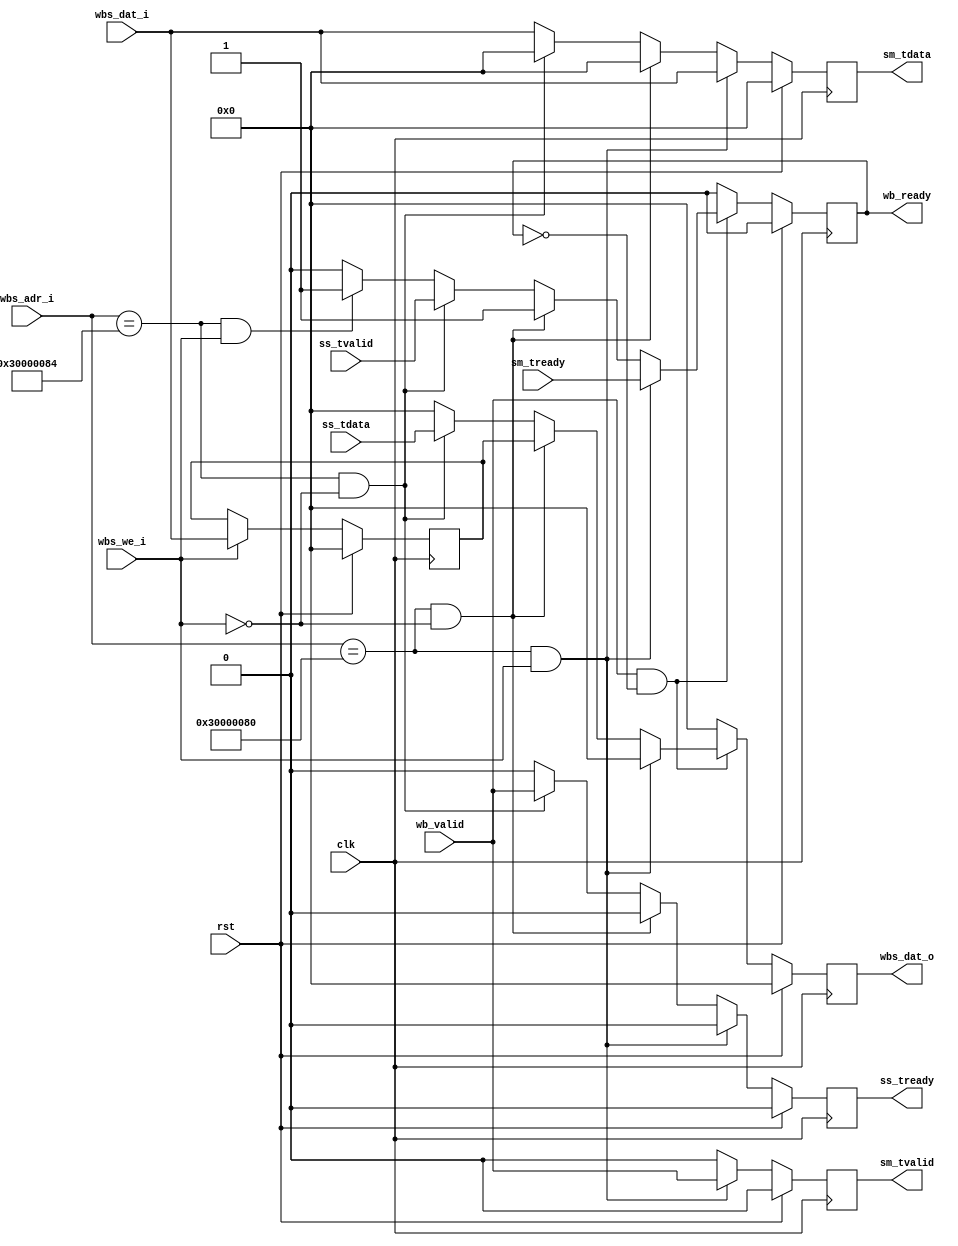
module wb_axistream
#(  parameter pADDR_WIDTH=12,
    parameter pDATA_WIDTH=32
)(
    clk,
    rst,

    wbs_adr_i,
    wb_valid,
    wb_ready,
    wbs_we_i,
    wbs_dat_i,
    wbs_dat_o,

    sm_tvalid,
    sm_tready,
    sm_tdata,
//    sm_tlast,

    ss_tvalid,
    ss_tready,
    ss_tdata
//    ss_tlast
);
    // clock and reset signal
    input wire clk;
    input wire rst;

    /*
    // wishbone origin signal
    input wb_clk_i,
    input wb_rst_i,
    input wbs_stb_i,
    input wbs_cyc_i,
    input wbs_we_i,
    input [3:0] wbs_sel_i,
    input [31:0] wbs_dat_i,
    input [31:0] wbs_adr_i,
    output wbs_ack_o,
    output [31:0] wbs_dat_o,

    // wishbone transform
    wb_valid = wbs_cyc_i && wbs_stb_i && (wbs_adr_i == 0x30000080); //for axi_stream_write
    wb_valid = wbs_cyc_i && wbs_stb_i && (wbs_adr_i == 0x30000084); //for axi_stream_read
    assign wbs_ack_o = wb_ready;
    wstrb = wbs_sel_i & {4{wbs_we_i}};
    wbs_dat_o = rdata; //output data
    wdata = wbs_dat_i; //input data
    */

    // wishbone signal
    input  wire [pDATA_WIDTH-1:0] wbs_adr_i;
    input  wire wb_valid;
    output reg  wb_ready;
    input  wire wbs_we_i;
    input  wire [pDATA_WIDTH-1:0] wbs_dat_i;
    output reg  [pDATA_WIDTH-1:0] wbs_dat_o;

    // stream master signal(transmit data from wb to fir)
    output reg  sm_tvalid;
    input  wire sm_tready;
    output reg  [pDATA_WIDTH-1:0] sm_tdata;
    //output wire sm_tlast;

    // stream slave signal (receive data from fir to wb)
    input  wire ss_tvalid;
    output reg  ss_tready;
    input  wire [pDATA_WIDTH-1:0] ss_tdata;
    //input  wire ss_tlast;

    // register for input X[n];
    reg [pDATA_WIDTH-1:0] inputbuffer;

    // the return signal from fir to wb
    always@(posedge clk) begin
        if (rst) begin
            wb_ready  <= 1'b0;
            wbs_dat_o <= 32'h0;
        end else begin
            if (wb_valid && !wb_ready) begin
                    if ((wbs_adr_i == 32'h30000080) && wbs_we_i) begin
                        wb_ready  <= sm_tready;
                        wbs_dat_o <= 32'h0;
                    end else if ((wbs_adr_i == 32'h30000080) && (!wbs_we_i)) begin
                        wb_ready  <= 1'b1;
                        wbs_dat_o <= inputbuffer;
                    end else if ((wbs_adr_i == 32'h30000084) && (!wbs_we_i)) begin
                        wb_ready  <= ss_tvalid;
                        wbs_dat_o <= ss_tdata;
                    end else if ((wbs_adr_i == 32'h30000084) && (wbs_we_i)) begin
                        wb_ready  <= 1'b1;
                        wbs_dat_o <= 32'h0;
                    end else begin
                        wb_ready  <= 1'b0;
                        wbs_dat_o <= 32'h0;
                    end
                end else begin
                    wb_ready  <= 1'b0;
                    wbs_dat_o <= 32'h0;
                end
            end
        end 

    // the input signal from wb to fir
    always@(posedge clk) begin
        if (rst) begin
            sm_tvalid <= 1'b0;
            sm_tdata  <= 32'h0;
            ss_tready <= 1'b0;
        end else begin 
            if ((wbs_adr_i == 32'h30000080) && wbs_we_i) begin
                sm_tvalid <= wb_valid;
                sm_tdata  <= wbs_dat_i;
                ss_tready <= 1'b0;
            end else if ((wbs_adr_i == 32'h30000080) && (!wbs_we_i)) begin
                sm_tvalid <= 1'b0;
                sm_tdata  <= 32'h0;
                ss_tready <= 1'b0;
            end else if ((wbs_adr_i == 32'h30000084) && (!wbs_we_i)) begin
                sm_tvalid <= 1'b0;
                sm_tdata  <= 32'h0;
                ss_tready <= wb_valid;
            end else begin
                sm_tvalid <= 1'b0;
                sm_tdata  <= wbs_dat_i;
                ss_tready <= 1'b0;
            end
        end
    end

    always@(posedge clk) begin
        if (rst) begin
            inputbuffer <= 32'h0;
        end else if(wbs_we_i) begin
            inputbuffer <= wbs_dat_i;
        end else begin
            inputbuffer <= inputbuffer;
        end
    end

endmodule